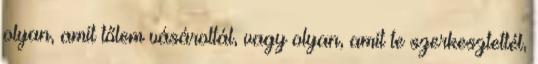
olyan, amit tőlem vásároltál, vagy olyan, amit te szerkesztettél,